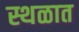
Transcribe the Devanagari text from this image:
स्थळात